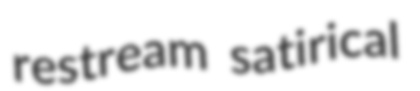
restream satirical